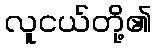
လူငယ်တို့၏